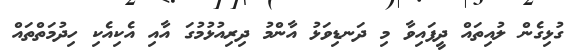
ގުޅިގެން ލުއިތައް ދީފައިވާ މި ދަނޑިވަޅު އާންމު ދިރިއުޅުމުގަ އާއި އެކިއެކި ހިދުމަތްތައް